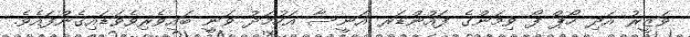
ވަޒީރު އަދި ހޯޕް ފޯ ވިމަންގެ ފައުންޑަރ އަނީސާ އަހުމަދު ވަނީ ބައިވެރިވެވަޑައިގެންފައެވެ.